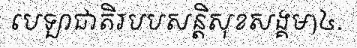
បេឡាជាតិរបបសន្តិសុខសង្គម)៤.